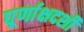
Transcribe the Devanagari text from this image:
घूर्णाक्षदर्शी